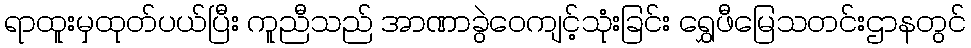
ရာထူးမှထုတ်ပယ်ပြီး ကူညီသည် အာဏာခွဲဝေကျင့်သုံးခြင်း ရွှေဖီမြေသတင်းဌာနတွင်